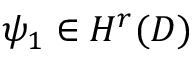
\psi _ { 1 } \in H ^ { r } ( D )